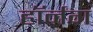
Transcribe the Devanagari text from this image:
हॉर्नंग